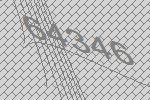
64346